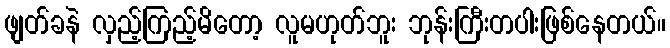
ဖျတ်ခနဲ လှည့်ကြည့်မိတော့ လူမဟုတ်ဘူး ဘုန်းကြီးတပါးဖြစ်နေတယ်။